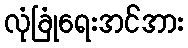
လုံခြုံရေးအင်အား